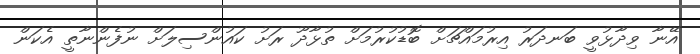
އޭނާ ވިދާޅުވީ ބަނދަރު އިރުމައްޗަށް ބޮޑުކުރުމަށް ތުޅާދޫ ރަށު ކައުންސިލަށް ނުފެންނާތީ އެކަން